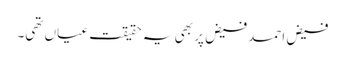
فیض احمد فیض پر بھی یہ حقیقت عیاں تھی۔